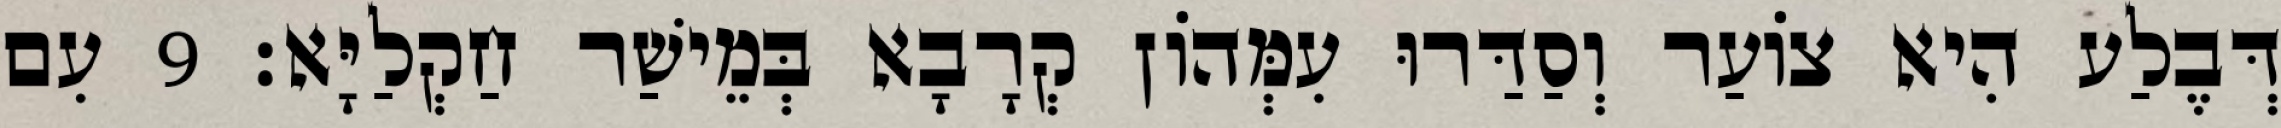
דְּבֶלַע הִיא צוֹעַר וְסַדַּרוּ עִמְּהוֹן קְרָבָא בְּמֵישַׁר חַקְלַיָּא׃ 9 עִם